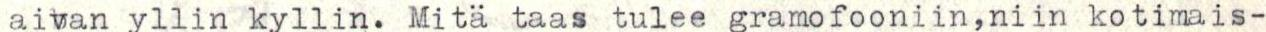
aivan yllin kyllin. Mitä taas tulee gramofooniin,niin kotimais-